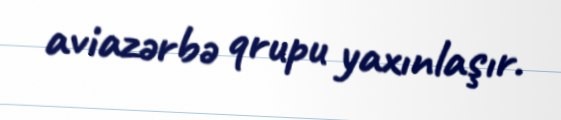
aviazərbə qrupu yaxınlaşır.